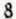
8